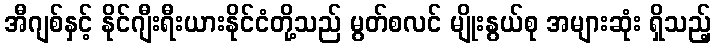
အီဂျစ်နှင့် နိုင်ဂျီးရီးယားနိုင်ငံတို့သည် မွတ်စလင် မျိုးနွယ်စု အများဆုံး ရှိသည့်